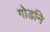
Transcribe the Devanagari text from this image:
गोडनि